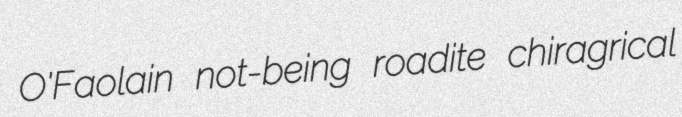
O'Faolain not-being roadite chiragrical